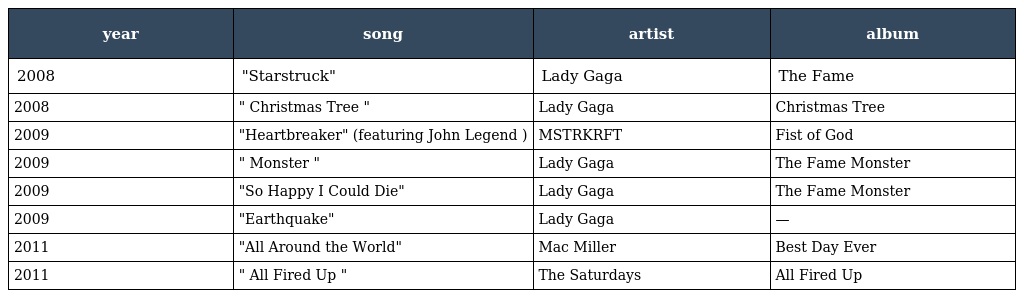
| year | song | artist | album |
 | --- | --- | --- | --- |
 | 2008 | "Starstruck" | Lady Gaga | The Fame |
 | 2008 | " Christmas Tree " | Lady Gaga | Christmas Tree |
 | 2009 | "Heartbreaker" (featuring John Legend ) | MSTRKRFT | Fist of God |
 | 2009 | " Monster " | Lady Gaga | The Fame Monster |
 | 2009 | "So Happy I Could Die" | Lady Gaga | The Fame Monster |
 | 2009 | "Earthquake" | Lady Gaga | — |
 | 2011 | "All Around the World" | Mac Miller | Best Day Ever |
 | 2011 | " All Fired Up " | The Saturdays | All Fired Up |